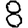
Digit: 8